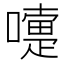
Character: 嚏